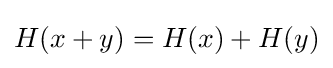
H(x+y)=H(x)+H(y)